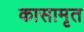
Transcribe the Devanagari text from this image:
कासामृत